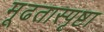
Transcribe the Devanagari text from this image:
मूढतास्पृष्टा